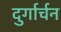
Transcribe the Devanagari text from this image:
दुर्गार्चन